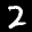
Label: 2